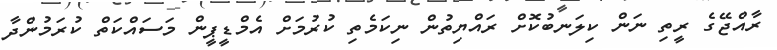
ރާއްޖޭގެ ރީތި ނަން ކިލަނބުކޮށް ރައްޔިތުން ނިކަމެތި ކުރުމަށް އެމްޑީޕީން މަސައްކަތް ކުރަމުންދާ